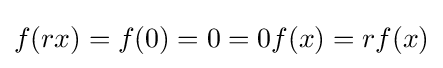
f(rx)=f(0)=0=0f(x)=rf(x)